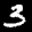
Label: 3